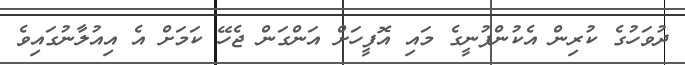
ދުވަހުގެ ކުރިން އެކުންފުނީގެ މައި އޮފީހަށް އަންގަން ޖެހޭ ކަމަށް އެ އިއުލާނުގައިވެ